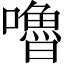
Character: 嚕